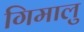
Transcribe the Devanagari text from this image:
गिमालु